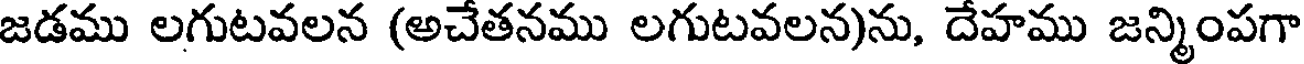
జడము లగుటవలన (అచేతనము లగుటవలన)ను, దేహము జన్మింపగా